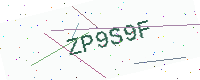
Text: ZP9S9F